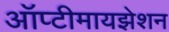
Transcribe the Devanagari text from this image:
ऑप्टीमायझेशन